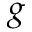
\boldsymbol { g }